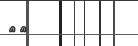
٨٣